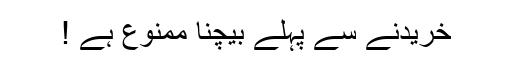
خریدنے سے پہلے بیچنا ممنوع ہے !